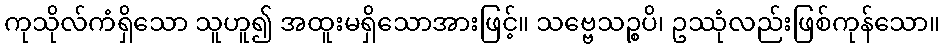
ကုသိုလ်ကံရှိသော သူဟူ၍ အထူးမရှိသောအားဖြင့်။ သဗ္ဗေသဉ္စပိ၊ ဥဿုံလည်းဖြစ်ကုန်သော။